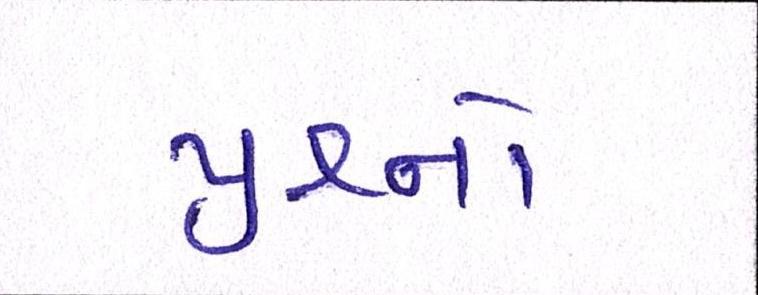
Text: પ્રશ્નનો